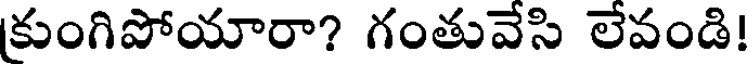
కుంగిపోయారా? గంతువేసి లేవండి!